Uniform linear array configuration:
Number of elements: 4
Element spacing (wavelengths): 1
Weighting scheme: cosine
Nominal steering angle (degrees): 0
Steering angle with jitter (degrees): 0.393
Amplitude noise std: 0.05
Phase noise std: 0.05

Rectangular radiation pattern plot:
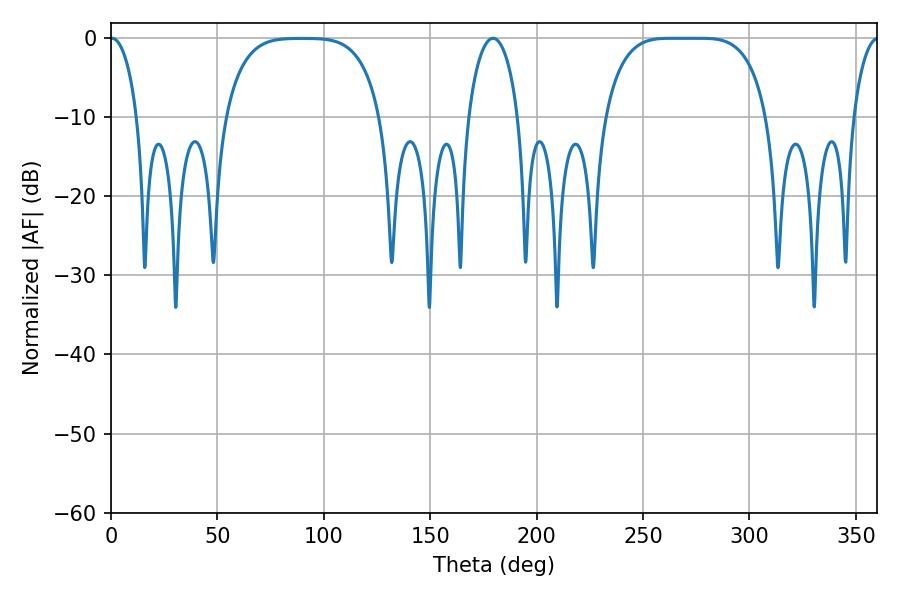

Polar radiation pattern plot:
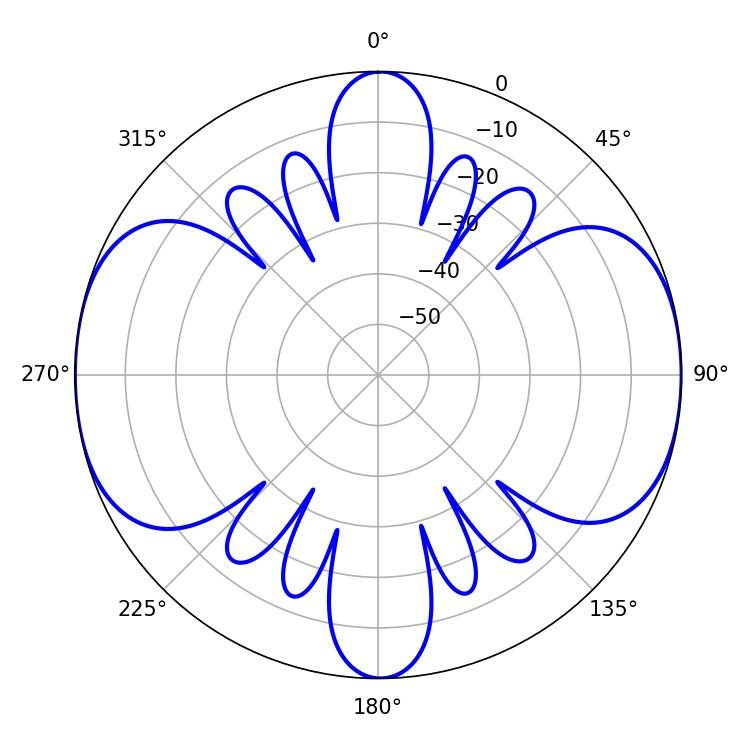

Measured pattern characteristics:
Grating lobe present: TRUE
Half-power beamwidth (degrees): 57.96
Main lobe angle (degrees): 262.62